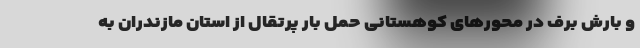
و بارش برف در محور‌های کوهستانی حمل بار پرتقال از استان مازندران به